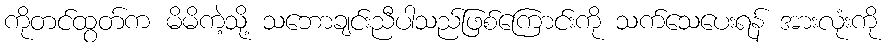
ကိုတင်ထွတ်က မိမိက့ဲသို့ သဘောချင်းညီပါသည်ဖြစ်ကြောင်းကို သက်သေပေးရန် အားလုံးကို